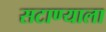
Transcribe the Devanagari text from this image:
सटाण्याला